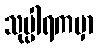
သုပ္ပါရကမှာ